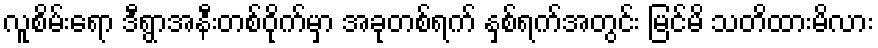
လူစိမ်းရော ဒီရွာအနီးတစ်ဝိုက်မှာ အခုတစ်ရက် နှစ်ရက်အတွင်း မြင်မိ သတိထားမိလား